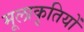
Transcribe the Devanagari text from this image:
मूलाकृतियों